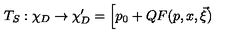
T _ { S } : \chi _ { D } \rightarrow \chi _ { D } ^ { \prime } = \Big [ p _ { 0 } + Q F ( p , x , \vec { \xi } )